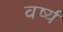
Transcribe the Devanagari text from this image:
वर्ष्य